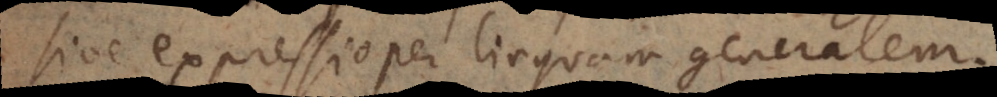
sive expressio per linguam generalem.